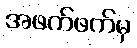
အဖက်ဖက်မှ